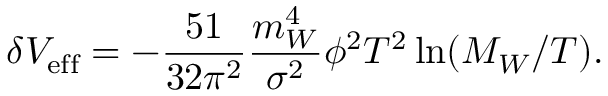
\delta V _ { \mathrm { e f f } } = - { \frac { 5 1 } { 3 2 \pi ^ { 2 } } } { \frac { m _ { W } ^ { 4 } } { \sigma ^ { 2 } } } \phi ^ { 2 } T ^ { 2 } \ln ( M _ { W } / T ) .